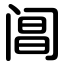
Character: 阊